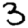
Digit: 3